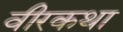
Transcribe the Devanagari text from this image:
वीरकथा